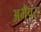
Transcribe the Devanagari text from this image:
अभैपुरा